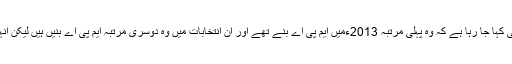
محمود خان کے بارے میں بھی یہی کہا جا رہا ہے کہ وہ پہلی مرتبہ 2013ءمیں ایم پی اے بنے تھے اور ان انتخابات میں وہ دوسری مرتبہ ایم پی اے بنیں ہیں لیکن انہیں وزیراعلیٰ نامزد کر دیا گیا ہے۔